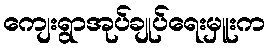
ကျေးရွာအုပ်ချုပ်ရေးမှူးက